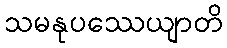
သမနုပဿေယျာတိ